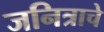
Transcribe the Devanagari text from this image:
जनित्राचे